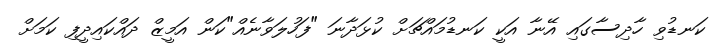
ކަނޑުވި ހާދިސާގައި އޭނާ އަކީ ކަނޑުމައްޗަށް ކުޅަދާނަ "ފަހުލަވާނެއް"ކަން އަމީޒް ދައްކައިދީފި ކަމަށް